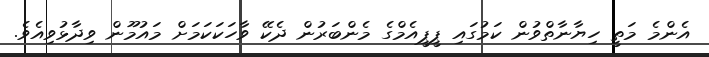
އެންމެ މަތީ ހިޔާނާތްވުން ކަމުގައި ޕީޕީއެމްގެ މެންބަރުން ދެކޭ ވާހަކަކަމަށް މައުމޫން ވިދާޅުވިއެވެ.